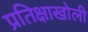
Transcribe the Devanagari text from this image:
प्रतिक्षाखोली